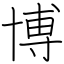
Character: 博